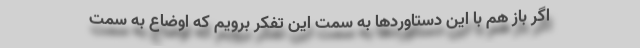
اگر باز هم با این دستاوردها به سمت این تفکر برویم که اوضاع به سمت